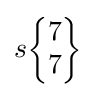
s{\begin{Bmatrix}7\\7\end{Bmatrix}}